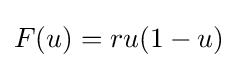
F(u)=ru(1-u)